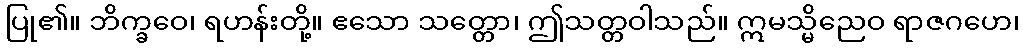
ပြု၏။ ဘိက္ခဝေ၊ ရဟန်းတို့။ ဧသော သတ္တော၊ ဤသတ္တဝါသည်။ ဣမသ္မိညေဝ ရာဇဂဟေ၊